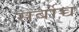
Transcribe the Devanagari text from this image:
सर्बोच्च